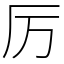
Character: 厉